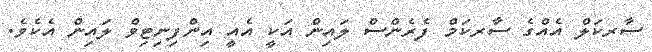
ސާރކަލް އެއްގެ ސާރކަމް ފެރެންސް ލައިން އަކީ އެއީ އިންފިނިޓިވް ލައިން އެކެވެ.